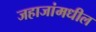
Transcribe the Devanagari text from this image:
जहाजांमधील